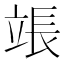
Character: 𬔡